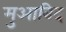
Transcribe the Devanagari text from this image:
मुआबिद